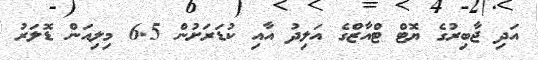
އަދި ޖާބިރުގެ ޔޮޓް ޓްއާޒްގެ އަލިދު އާއި ކުޑަރަށުން 6.5 މިލިއަން ޑޮލަރު